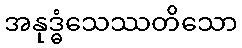
အနုဒ္ဓံသေဿတိသော